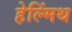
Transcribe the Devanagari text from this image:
हेल्मिंथ